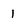
Character: 1